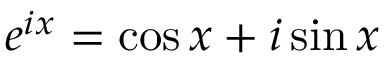
e ^ { i x } = \cos x + i \sin x